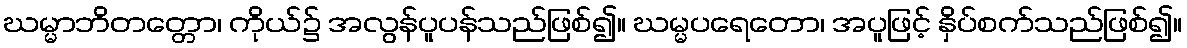
ဃမ္မာဘိတတ္တော၊ ကိုယ်၌ အလွန်ပူပန်သည်ဖြစ်၍။ ဃမ္မပရေတော၊ အပူဖြင့် နှိပ်စက်သည်ဖြစ်၍။